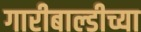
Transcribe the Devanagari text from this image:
गारीबाल्डीच्या